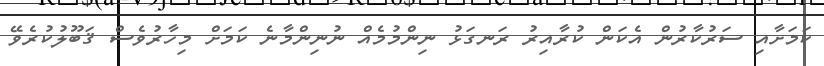
ކަމަށާއި ސަރުކާރުން އެކަން ކުރާއިރު ރަނގަޅު ނިންމުމެއް ނުނިންމާނެ ކަމަށް މިހާރުވެސް ޤަބޫލުކުރެވޭ